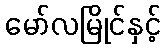
မော်လမြိုင်နှင့်